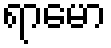
ရာမော